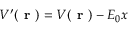
V ^ { \prime } ( \textbf { r } ) = V ( \textbf { r } ) - E _ { 0 } x